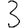
Digit: 3